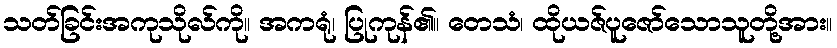
သတ်ခြင်းအကုသိုလ်ကို။ အကရုံ၊ ပြုကုန်၏။ တေသံ၊ ထိုယဇ်ပူဇော်သောသူတို့အား။